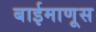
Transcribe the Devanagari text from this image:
बाईमाणूस